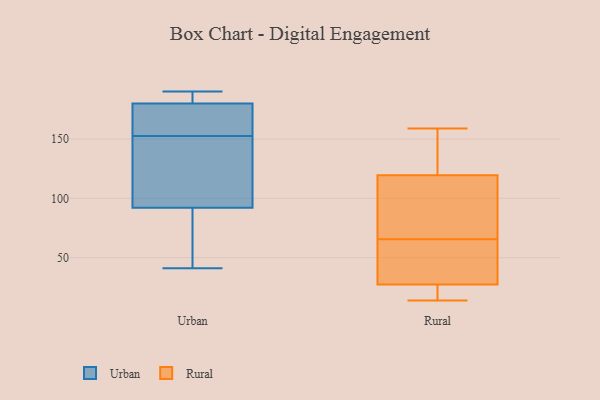
{"axis": {"x": "Active Users", "y": "Value"}, "legend": ["Rural", "Urban"], "data": [{"x": "", "y": 53, "type": "Urban"}, {"x": "", "y": 180, "type": "Urban"}, {"x": "", "y": 153, "type": "Urban"}, {"x": "", "y": 153, "type": "Urban"}, {"x": "", "y": 41, "type": "Urban"}, {"x": "", "y": 136, "type": "Urban"}, {"x": "", "y": 103, "type": "Urban"}, {"x": "", "y": 152, "type": "Urban"}, {"x": "", "y": 65, "type": "Urban"}, {"x": "", "y": 180, "type": "Urban"}, {"x": "", "y": 88, "type": "Urban"}, {"x": "", "y": 174, "type": "Urban"}, {"x": "", "y": 189, "type": "Urban"}, {"x": "", "y": 190, "type": "Urban"}, {"x": "", "y": 96, "type": "Urban"}, {"x": "", "y": 185, "type": "Urban"}, {"x": "", "y": 120, "type": "Rural"}, {"x": "", "y": 14, "type": "Rural"}, {"x": "", "y": 18, "type": "Rural"}, {"x": "", "y": 159, "type": "Rural"}, {"x": "", "y": 32, "type": "Rural"}, {"x": "", "y": 61, "type": "Rural"}, {"x": "", "y": 70, "type": "Rural"}, {"x": "", "y": 23, "type": "Rural"}, {"x": "", "y": 119, "type": "Rural"}, {"x": "", "y": 138, "type": "Rural"}, {"x": "", "y": 60, "type": "Rural"}, {"x": "", "y": 114, "type": "Rural"}]}